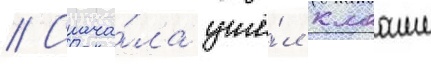
// Снача́ла ушё́л клааше